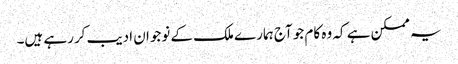
یہ ممکن ہے کہ وہ کام جو آج ہمارے ملک کے نوجوان ادیب کررہے ہیں۔